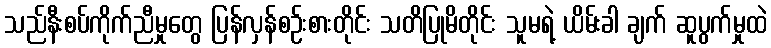
သည်နီးစပ်ကိုက်ညီမှုတွေ ပြန်လှန်စဉ်းစားတိုင်း သတိပြုမိတိုင်း သူမရဲ့ ယိမ်းခါ ချက် ဆူပွက်မှုထဲ